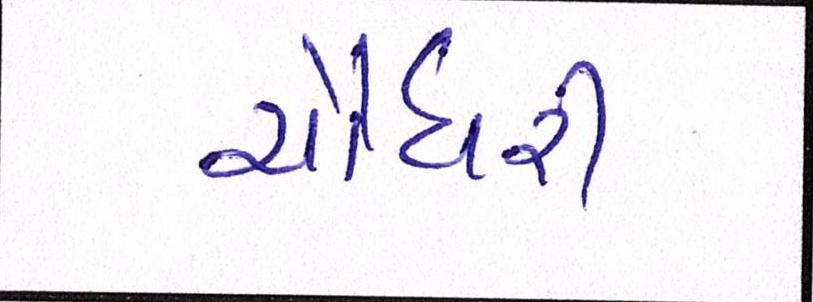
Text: ચૌધરી